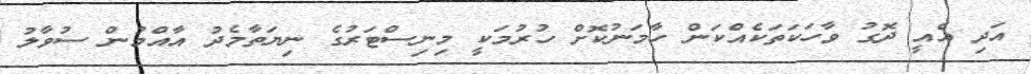
އަދި އެއީ ދޮގު ވާހަކަތަކެއްކަން ހާމަނުކޮށް ހުރުމަކީ މިނިސްޓަރުގެ ނިޔަތާމެދު އާއްމުން ސުވާލު